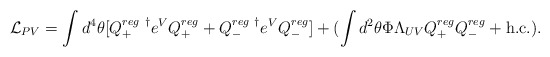
\begin{align*} {\cal L}_{PV} = \int d^4 \theta [Q_+^{reg ~ \dagger} e^V Q^{reg}_+ + Q^{reg ~ \dagger}_- e^V Q_-^{reg}] + (\int d^2\theta \Phi \Lambda_{UV} Q_+^{reg} Q_-^{reg} + {\rm h.c.}).\end{align*}